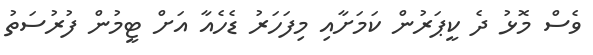
ވެސް މޮޅު ދެ ކީޕަރުން ކަމަށާއި މިފަހަރު ޑެހެއާ އަށް ޓީމުން ފުރުސަތު